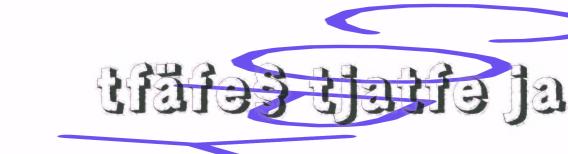
tfäfe§ tjatfe ja